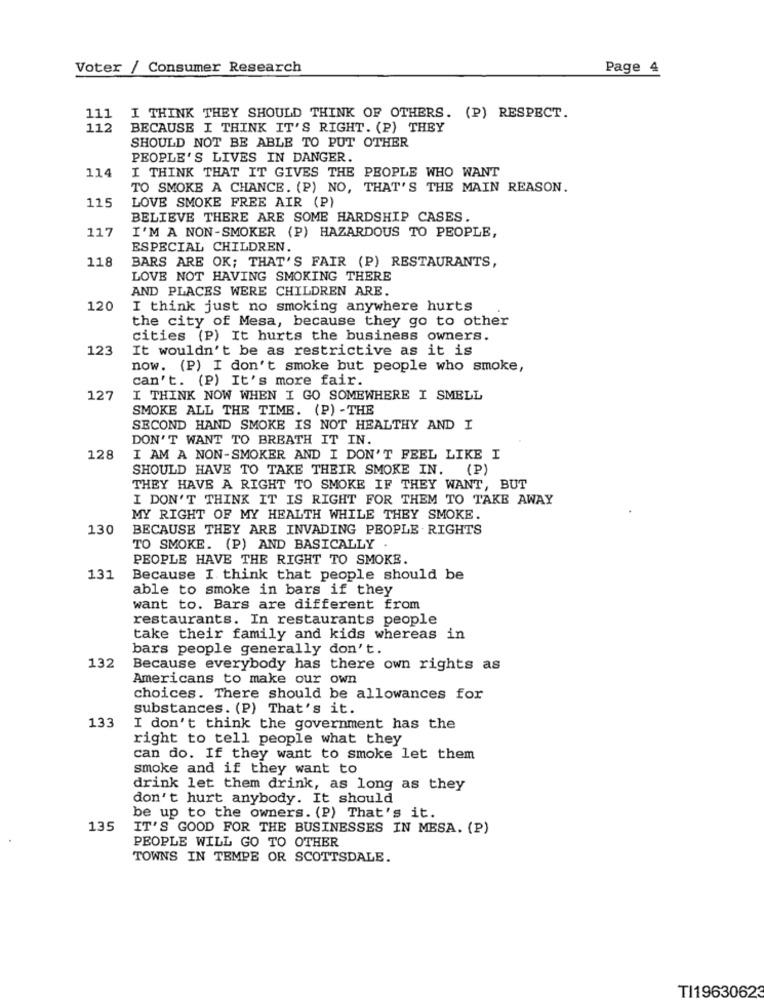
Voter / Consumer Research
Page 4
111
I THINK THEY SHOULD THINK OF OTHERS. (P) RESPECT.
112
BECAUSE I THINK IT'S RIGHT. (P) THEY
SHOULD NOT BE ABLE TO PUT OTHER
PEOPLE'S LIVES IN DANGER.
I THINK THAT IT GIVES THE PEOPLE WHO WANT
114
TO SMOKE A CHANCE. (P) NO, THAT'S THE MAIN REASON.
115
LOVE SMOKE FREE AIR (P)
BELIEVE THERE ARE SOME HARDSHIP CASES.
117
I'M A NON-SMOKER (P) HAZARDOUS TO PEOPLE,
ESPECIAL CHILDREN.
118
BARS ARE OK; THAT'S FAIR (P) RESTAURANTS,
LOVE NOT HAVING SMOKING THERE
AND PLACES WERE CHILDREN ARE.
120
I think just no smoking anywhere hurts
the city of Mesa, because they go to other
cities (P) It hurts the business owners.
123
It wouldn't be as restrictive as it is
now. (P) I don't smoke but people who smoke,
can't. (P) It's more fair.
127
I THINK NOW WHEN I GO SOMEWHERE I SMELL
SMOKE ALL THE TIME. (P) -THE
SECOND HAND SMOKE IS NOT HEALTHY AND I
DON'T WANT TO BREATH IT IN.
128
I AM A NON-SMOKER AND I DON'T FEEL LIKE I
SHOULD HAVE TO TAKE THEIR SMOKE IN.
(P)
THEY HAVE A RIGHT TO SMOKE IF THEY WANT, BUT
I DON'T THINK IT IS RIGHT FOR THEM TO TAKE AWAY
MY RIGHT OF MY HEALTH WHILE THEY SMOKE.
130
BECAUSE THEY ARE INVADING PEOPLE RIGHTS
TO SMOKE. (P) AND BASICALLY .
PEOPLE HAVE THE RIGHT TO SMOKE.
131
Because I think that people should be
able to smoke in bars if they
want to. Bars are different from
restaurants. In restaurants people
take their family and kids whereas in
bars people generally don't.
132
Because everybody has there own rights as
Americans to make our own
choices. There should be allowances for
substances. (P) That's it.
133
I don't think the government has the
right to tell people what they
can do. If they want to smoke let them
smoke and if they want to
drink let them drink, as long as they
don't hurt anybody. It should
be up to the owners. (P) That's it.
135
IT'S GOOD FOR THE BUSINESSES IN MESA. (P)
PEOPLE WILL GO TO OTHER
TOWNS IN TEMPE OR SCOTTSDALE.
TI19630623